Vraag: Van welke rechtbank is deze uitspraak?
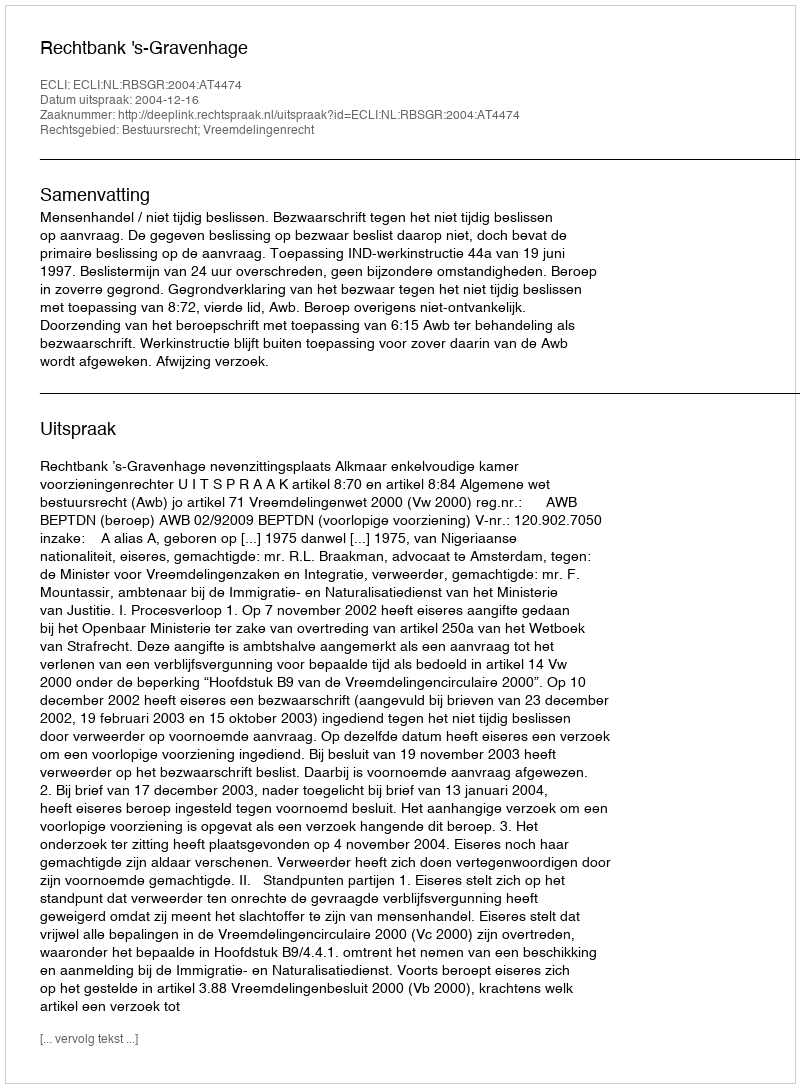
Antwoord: Rechtbank 's-Gravenhage